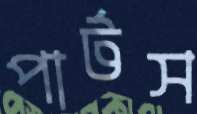
পার্টস